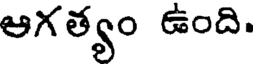
ఆగత్యం ఉంది.